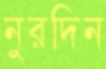
নুরদিন